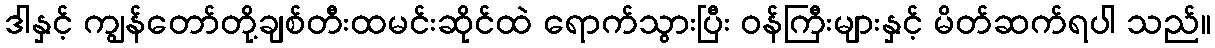
ဒါနှင့် ကျွန်တော်တို့ချစ်တီးထမင်းဆိုင်ထဲ ရောက်သွားပြီး ဝန်ကြီးများနှင့် မိတ်ဆက်ရပါ သည်။